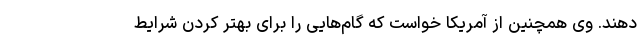
دهند. وی همچنین از آمریکا خواست که گام‌هایی را برای بهتر کردن شرایط